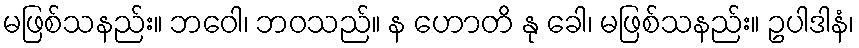
မဖြစ်သနည်း။ ဘဝေါ၊ ဘဝသည်။ န ဟောတိ နု ခေါ၊ မဖြစ်သနည်း။ ဥပါဒါနံ၊